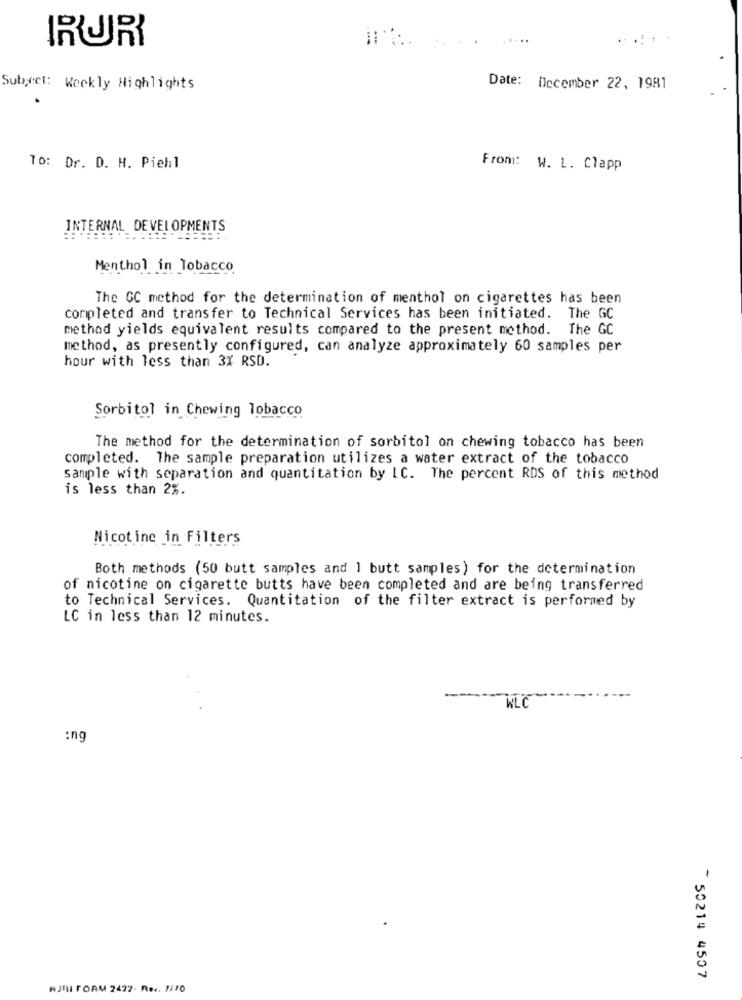
RURY
.....
Subject: Weekly Highlights
Date: December 22, 1981
To: Dr. D. H. Piehl
From: W. L. Clapp
INTERNAL DEVELOPMENTS
Menthol in Tobacco
The GC method for the determination of menthol on cigarettes has been
completed and transfer to Technical Services has been initiated. The GC
method yields equivalent results compared to the present method. The GC
method, as presently configured, can analyze approximately 60 samples per
hour with less than 3% RSD.
Sorbitol in Chewing Tobacco
The method for the determination of sorbitol on chewing tobacco has been
completed. The sample preparation utilizes a water extract of the tobacco
sample with separation and quantitation by IC. The percent RDS of this method
is less than 2%.
Nicotine in Filters
Both methods (50 butt samples and ] butt samples) for the determination
of nicotine on cigarette butts have been completed and are being transferred
to Technical Services. Quantitation of the filter extract is performed by
LC in less than 12 minutes.
-
WLC
:ng
* 50214 4507
AJDI FOAM 2422- RO .. 1170